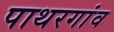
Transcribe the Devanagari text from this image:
पाथरगांव